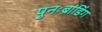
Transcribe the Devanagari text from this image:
पुनःब्रांडिंग